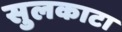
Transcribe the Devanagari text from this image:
सुलकाटा